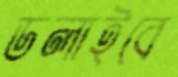
ডলাইবে